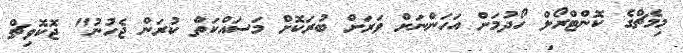
މިމެޗްގެ ކޮންޓްރޯލް ހޯދުމަށް އަހަންނަށް ވަރަށް ބުރަކޮށް މަސައްކަތް ކުރަން ޖެހުނު" ޖޮކޮވިޗް